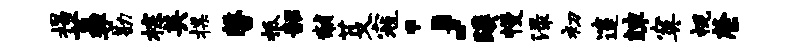
揭荔廿勘棕英揲馨柢韶黼芟寇；蹊幔渌初邃竦寞视綮